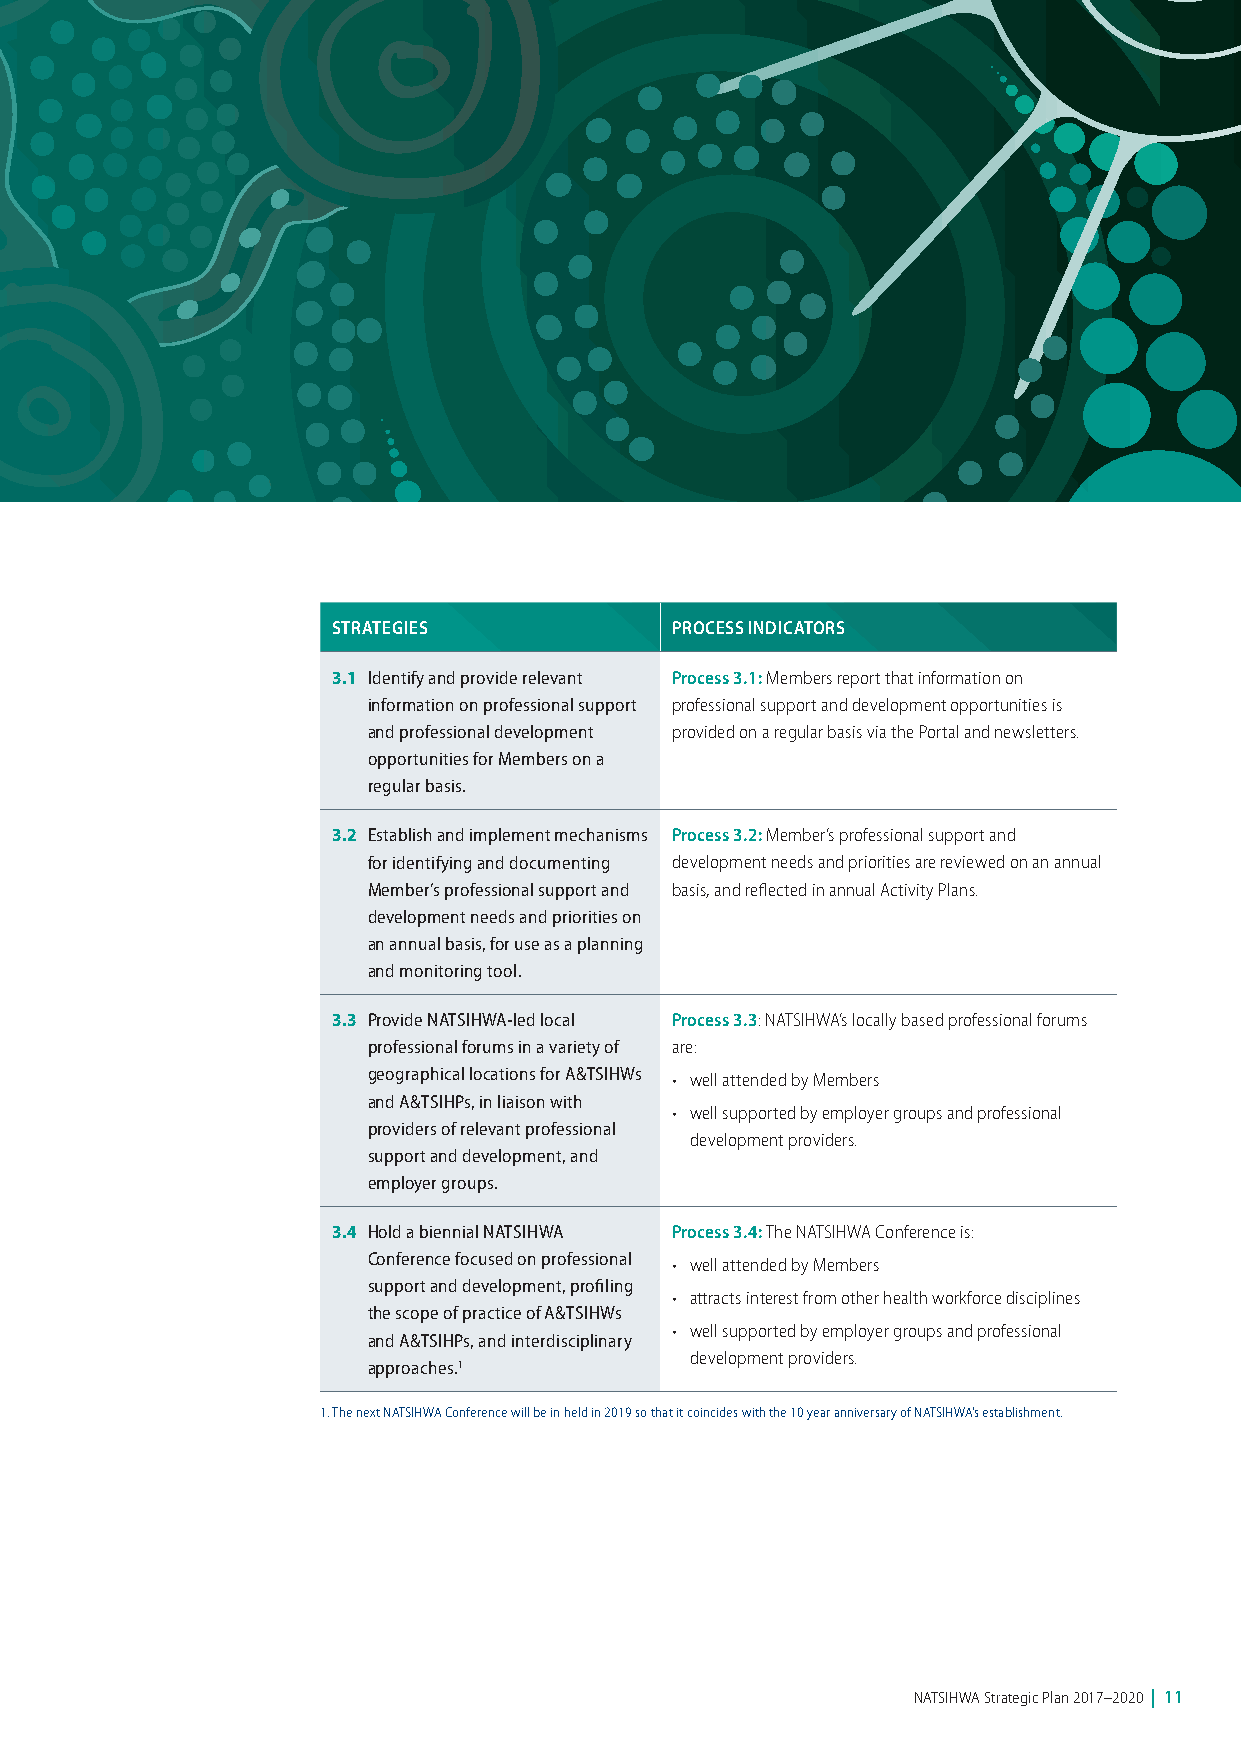
STRATEGIES            PROCESS INDICATORS
 3.1 Identify and provide relevant Process 3.1: Members report that information on
 information on professional support professional support and development opportunities is
 and professional development provided on a regular basis via the Portal and newsletters.
 opportunities for Members on a
 regular basis.
 3.2 Establish and implement mechanisms Process 3.2: Member’s professional support and
 for identifying and documenting development needs and priorities are reviewed on an annual
 Member’s professional support and basis, and reflected in annual Activity Plans.
 development needs and priorities on
 an annual basis, for use as a planning
 and monitoring tool.
 3.3 Provide NATSIHWA-led local Process 3.3: NATSIHWA’s locally based professional forums
 professional forums in a variety of are:
 geographical locations for A&TSIHWs • well attended by Members
 and A&TSIHPs, in liaison with
 • well supported by employer groups and professional
 providers of relevant professional
 development providers.
 support and development, and
 employer groups.
 3.4 Hold a biennial NATSIHWA Process 3.4: The NATSIHWA Conference is:
 Conference focused on professional • well attended by Members
 support and development, profiling
 • attracts interest from other health workforce disciplines
 the scope of practice of A&TSIHWs
 • well supported by employer groups and professional
 and A&TSIHPs, and interdisciplinary
 development providers.
 approaches.1
 1. The next NATSIHWA Conference will be in held in 2019 so that it coincides with the 10 year anniversary of NATSIHWA’s establishment.
 NATSIHWA Strategic Plan 2017–2020 | 11